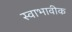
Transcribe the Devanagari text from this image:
स्वाभावीक